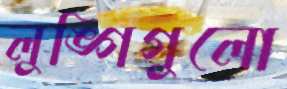
লুঙ্গিগুলো